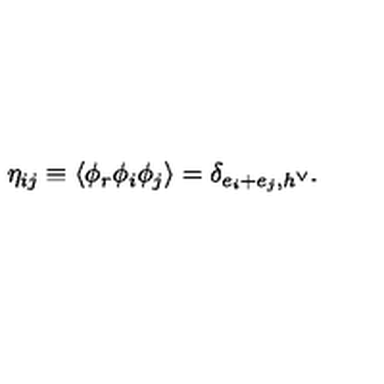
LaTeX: \eta _ { i j } \equiv \langle \phi _ { r } \phi _ { i } \phi _ { j } \rangle = \delta _ { e _ { i } + e _ { j } , h ^ { \vee } } .